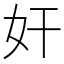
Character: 奸